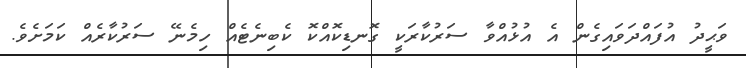
ވަޙީދު އުފައްދަވައިގެން އެ އުޅުއްވާ ސަރުކާރަކީ ގޮނޑިކޮއްކޮ ކެބިނެޓެއް ހިމެނޭ ސަރުކާރެއް ކަމަށެވެ.